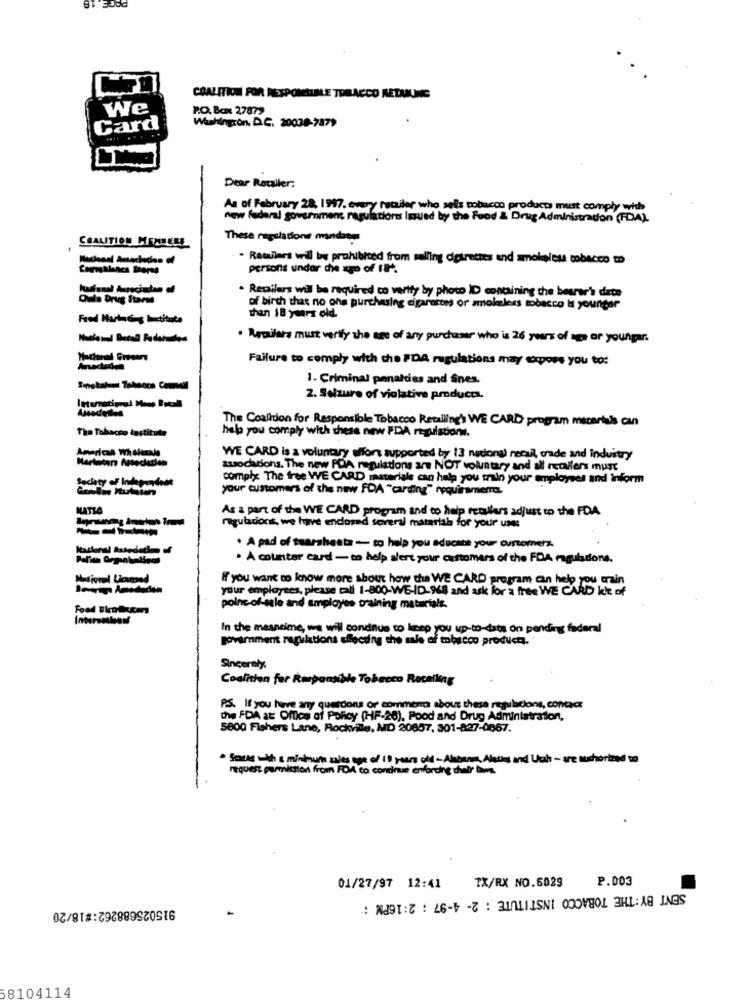
COALITION FOR RESPONSIBLE TOBACCO RETUUNE
We
P.O. Box 27879
Washington, D.C. 20038-7879
Card
Dear Rouler.
As of February 28, 1997. every retailer who sells tobacco products must comply with
new federal government regulations loved by the food & Drug Administration (FDA).
These regulations mandosms
COALITION MENTEES
. Retailers will be prohibited from salling digirettes and smokeless tobacco to
Consalanes therss
persons undor die xpo of 18.
. Repailars wil be required to verify by photo ID containing the bearer's drte
Ouin Drug Stars
of birth that no ons purchasing cigarettes or smokeless tobacco Is younger
Feed Hatne-s letitota
than 18 years old.
. Rapifars must verify the age of any purchaser who is 26 years of age or youngar.
Failure to comply with the #DA regulations may expose you to:
1. Criminal penalties and Sines.
2. Selzuro of violative products.
The Coalition for Responsible Tobacco Recalling's WE CARD program micartas can
The Tobacco lastitute
halo you comply with these new FDA regulations.
Americas Wholesale
Martacera Association
WE CARD is a voluntary alors supported by 13 national retail, orade and industry
tuocations. The new PDA regulations are NOT voluntary and all retailers must
Society of Independent
comply The free WE CARD materiale can help you train your employees and inform
your customers of the new FDA "carding" requiramen.
MATTA
As a part of the WE CARD program and to help retailers adjust to the FDA
regulationt, we have enclosed several matarlah for your use:
Marlonal Ausedation if
· A pad of twarsheets - to help you educate your customers.
. A counter card - to help alert your customers of the FDA magulations.
your employees, please call 1-800-WE-ID-968 and ask for a free WE CARD lot of
If you want to know more about how the WE CARD program can help
poine-of-sale and amployes training materials.
In the meansime, we will continue to keep you up-to-data on pending federal
government regulations affecting the sale of tobacco products.
Sincerely,
Coalition for Responsible Tobacco Recalling
P.S. If you have any questions or comments about these regulations, contacs
the FDA at Office of Policy (HF-26), Food and Drug Administration,
5800 Fishers Lane, Rockville, MD 20857, 301-827-0867.
Smces . th & minimum sales age of 10 years old - Abbanm, Aless and Uch - are suchorized to
request permission from FDA to continue enforcing duly Com.
P.003
01/27/97 12:41
TX/RX NO.6029
SENT BY: THE TOBACCO INSTITUTE : 2- 4-97 ; 2:16PM :
915025688262:#18/20
8104114